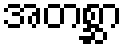
အတစ္ဆာ